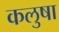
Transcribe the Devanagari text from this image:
कलुषा